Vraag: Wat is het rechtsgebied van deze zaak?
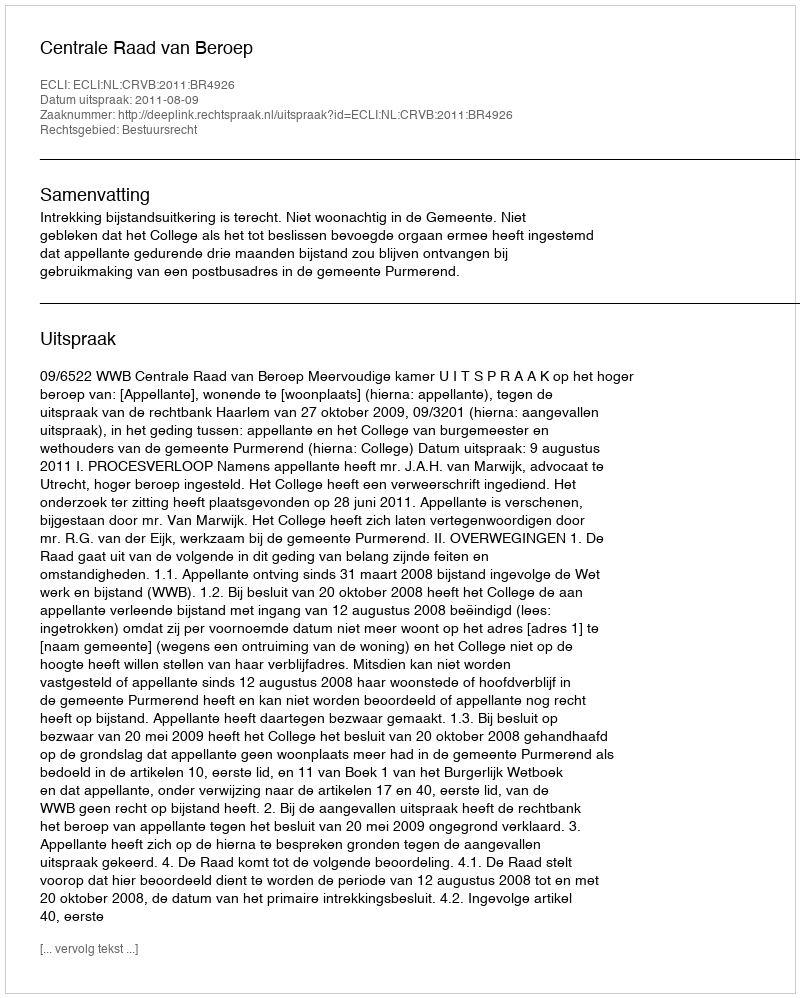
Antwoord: Bestuursrecht